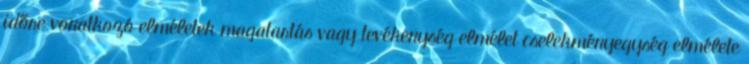
időre vonatkozó elméletek magatartás vagy tevékenység elmélet cselekményegység elmélete